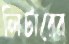
লিটারের